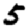
Digit: 5